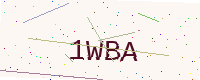
Text: 1WBA